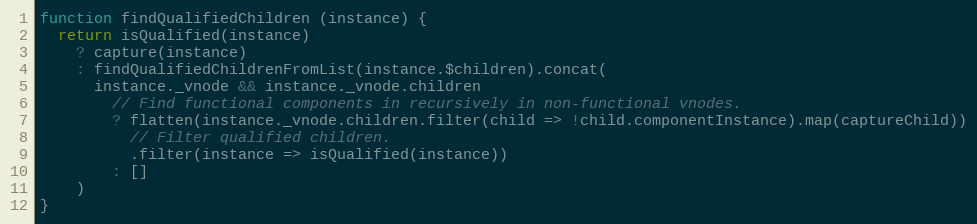
Language: JavaScript
function findQualifiedChildren (instance) {
  return isQualified(instance)
    ? capture(instance)
    : findQualifiedChildrenFromList(instance.$children).concat(
      instance._vnode && instance._vnode.children
        // Find functional components in recursively in non-functional vnodes.
        ? flatten(instance._vnode.children.filter(child => !child.componentInstance).map(captureChild))
          // Filter qualified children.
          .filter(instance => isQualified(instance))
        : []
    )
}